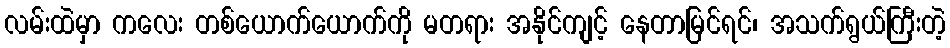
လမ်းထဲမှာ ကလေး တစ်ယောက်ယောက်ကို မတရား အနိုင်ကျင့် နေတာမြင်ရင်၊ အသက်ရွယ်ကြီးတဲ့